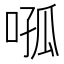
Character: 𭈦